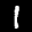
Label: 1